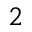
2